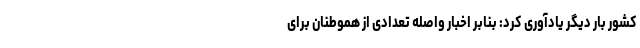
کشور بار دیگر یادآوری کرد: بنابر اخبار واصله تعدادی از هموطنان برای